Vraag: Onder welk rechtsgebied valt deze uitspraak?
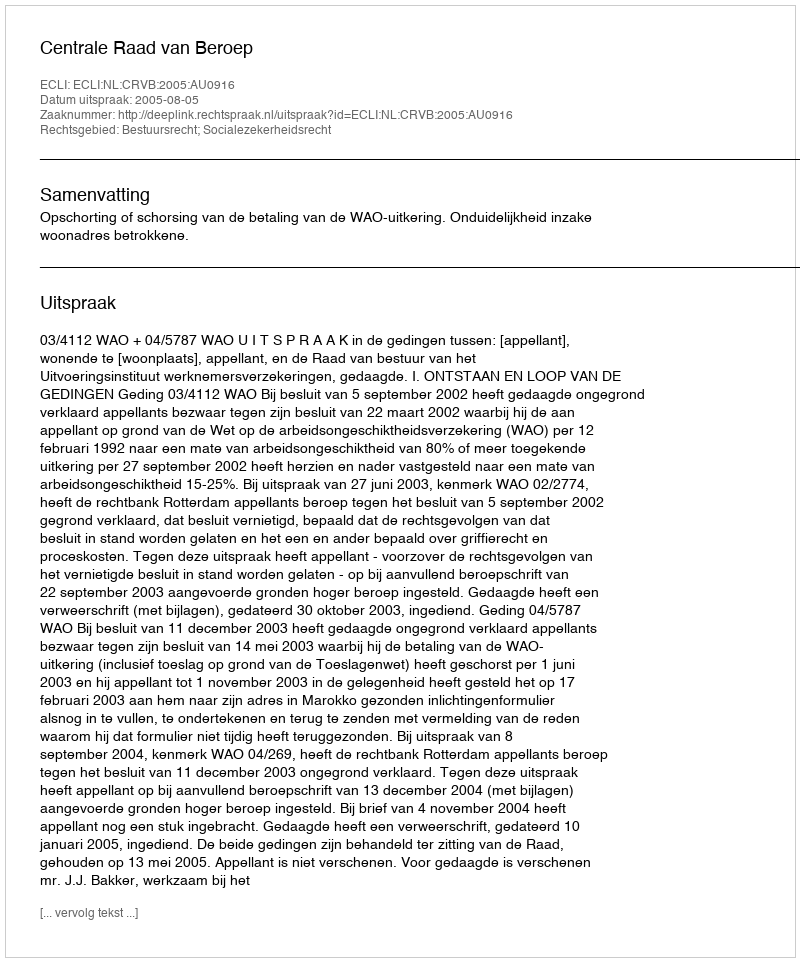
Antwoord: Bestuursrecht; Socialezekerheidsrecht